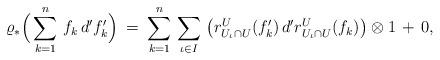
LaTeX: \begin{align*} \varrho_* \Big( \sum \limits_{k = 1}^{n} \, f_k \, d' f'_k \Big) \: = \: \sum \limits_{k = 1}^{n} \, \sum \limits_{\iota \in I} \, \big( r_{U_{\iota} \cap U}^U (f'_k) \, d' r_{U_{\iota} \cap U}^U (f_k) \big) \otimes 1 \, + \, 0,\end{align*}